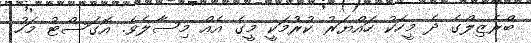
ބްރެޒިލްގެ ދެ މީހަކު ހައްޔަރު ކުރުމަކީ މީގެ އެއް މިސާލެވެ. އޮގަސްޓު މަހު